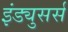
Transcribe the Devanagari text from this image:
इंड्युसर्स